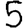
Digit: 5